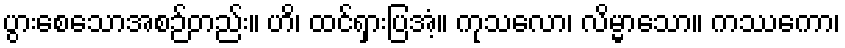
ပွားစေသောအစဉ်တည်း။ ဟိ၊ ထင်ရှားပြအံ့။ ကုသလော၊ လိမ္မာသော။ ကဿကော၊